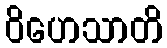
ဝိဟေသာတိ